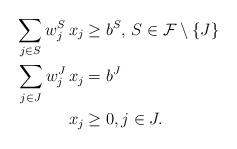
LaTeX: \begin{align*}\sum_{j \in S} w_j^{S} \, x_j & \geq b^S, \, S \in \mathcal{F} \setminus \{J\} \\\sum_{j \in J} w^{J}_j \, x_j & = b^J \\x_j & \geq 0, j \in J.\end{align*}